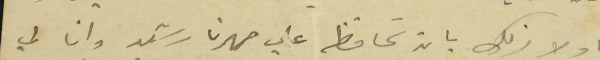
اولادك بان تحافظ على صهرنا رشيد وانا لي